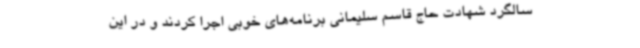
سالگرد شهادت حاج قاسم سلیمانی برنامه‌های خوبی اجرا کردند و در این